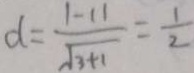
d = \frac { 1 - 1 1 } { \sqrt { 3 + 1 } } = \frac { 1 } { 2 }